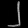
Digit: ၂